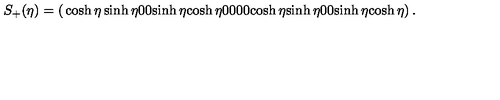
S _ { + } ( \eta ) = \left( \begin{matrix} { \cosh \eta } & { \sinh \eta } & { 0 } & { 0 } \\ { \sinh \eta } & { \cosh \eta } & { 0 } & { 0 } \\ { 0 } & { 0 } & { \cosh \eta } & { \sinh \eta } \\ { 0 } & { 0 } & { \sinh \eta } & { \cosh \eta } \\ \end{matrix} \right) .